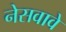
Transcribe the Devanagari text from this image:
नेसवावे